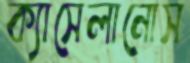
ক্যাসেলানোস